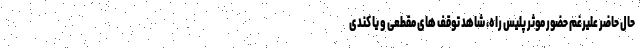
حال حاضر علیرغم حضور موثر پلیس راه، شاهد توقف های مقطعی و یا کندی